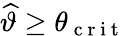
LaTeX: \widehat{\vartheta}\geq\theta_{\mathrm{~c~r~i~t~}}